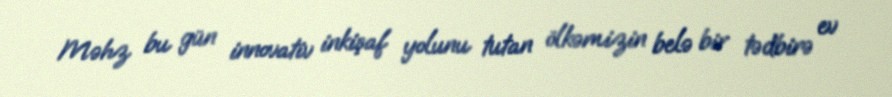
Məhz bu gün innovativ inkişaf yolunu tutan ölkəmizin belə bir tədbirə ev